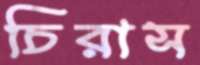
চিরাস